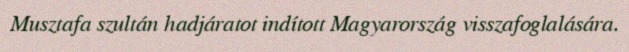
Musztafa szultán hadjáratot indított Magyarország visszafoglalására.